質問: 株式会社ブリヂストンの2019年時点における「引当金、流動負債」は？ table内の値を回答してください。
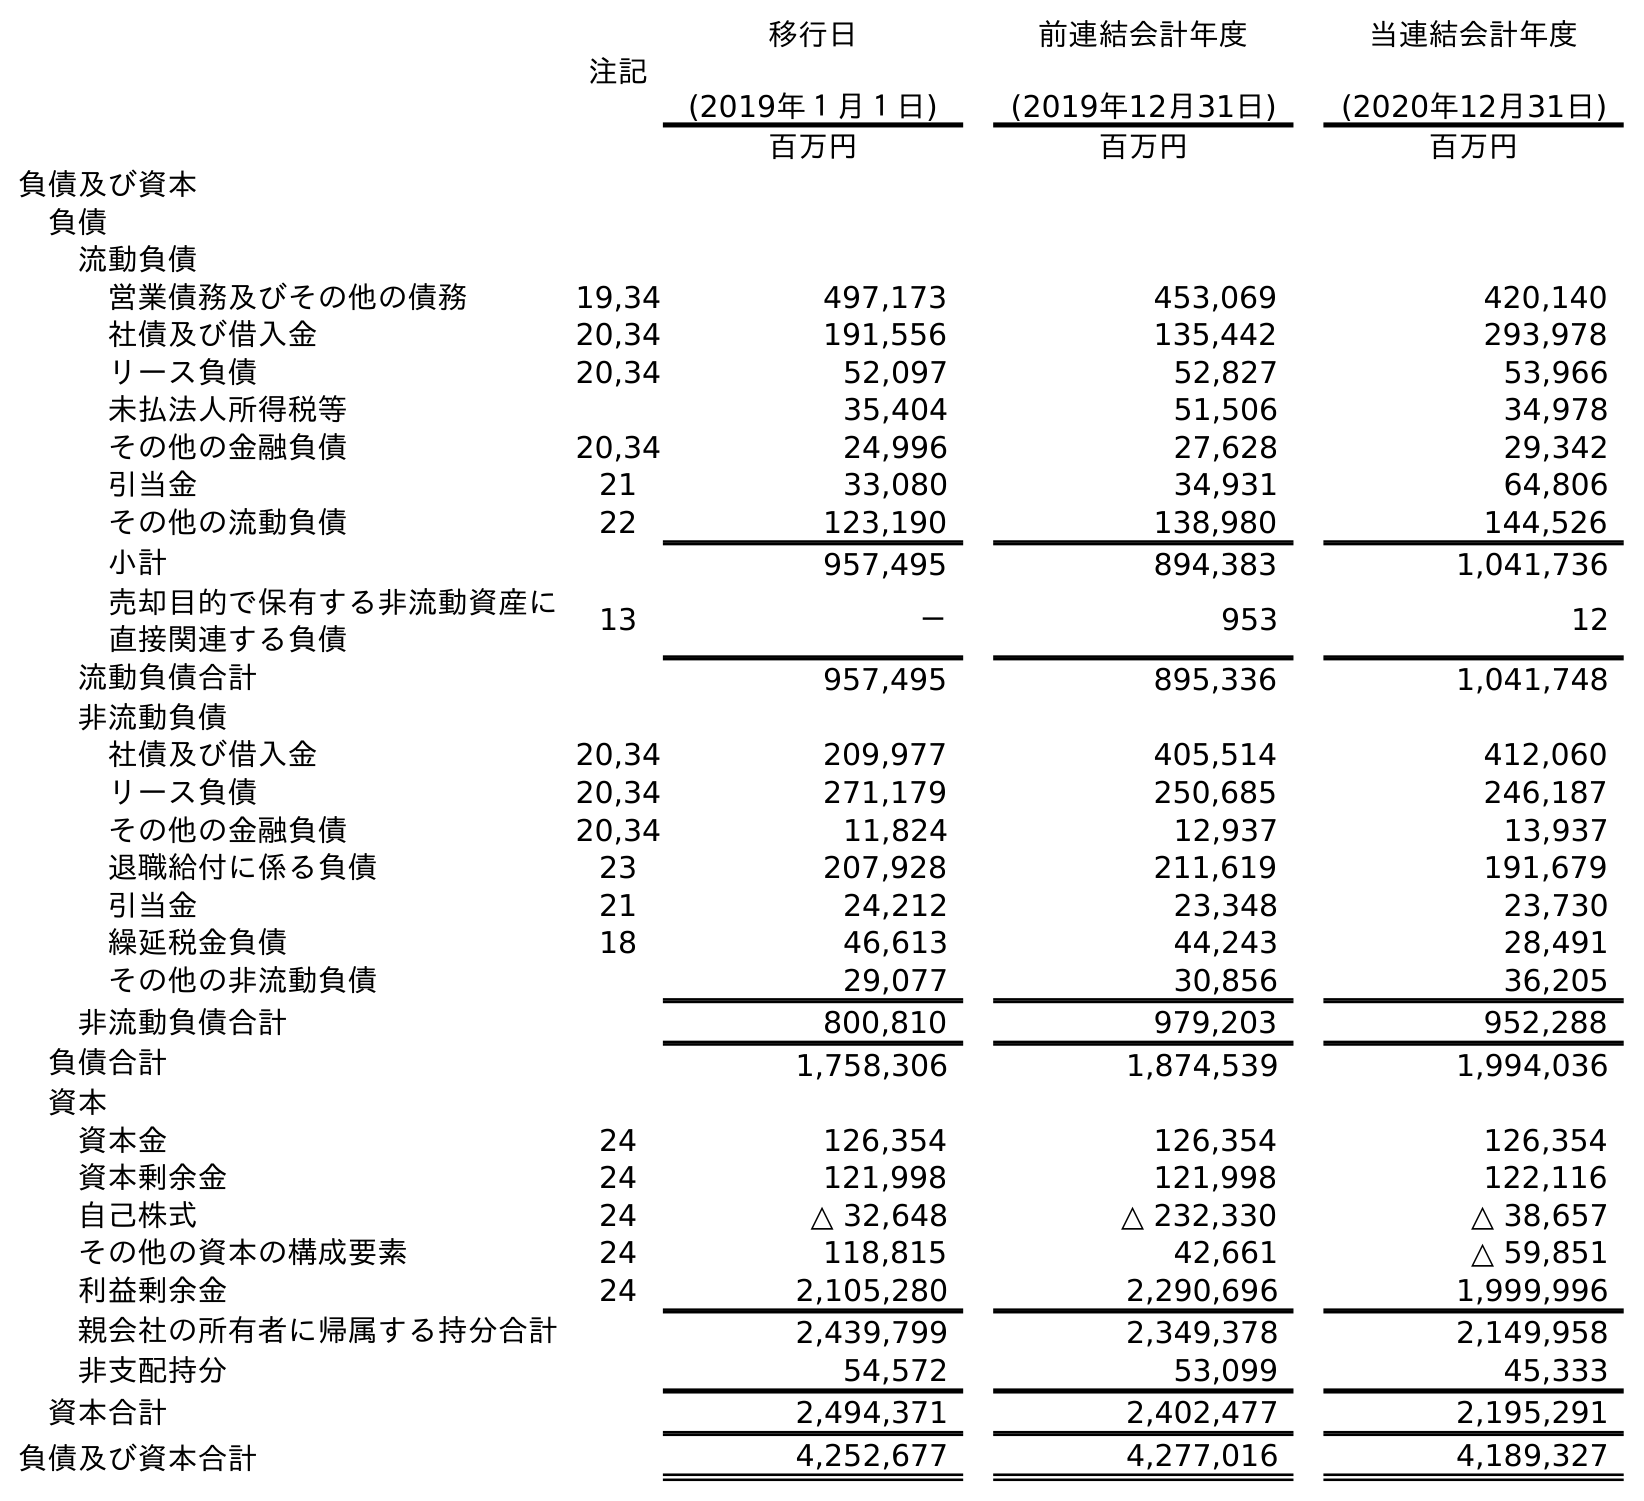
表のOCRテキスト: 注記 移行日 (2019年１月１日) 前連結会計年度 (2019年12月31日) 当連結会計年度 (2020年12月31日) 百万円 百万円 百万円 負債及び資本 負債 流動負債 営業債務及びその他の債務 19,34 497,173 453,069 420,140 社債及び借入金 20,34 191,556 135,442 293,978 リース負債 20,34 52,097 52,827 53,966 未払法人所得税等 35,404 51,506 34,978 その他の金融負債 20,34 24,996 27,628 29,342 引当金 21 33,080 34,931 64,806 その他の流動負債 22 123,190 138,980 144,526 小計 957,495 894,383 1,041,736 売却目的で保有する非流動資産に 直接関連する負債 13 － 953 12 流動負債合計 957,495 895,336 1,041,748 非流動負債 社債及び借入金 20,34 209,977 405,514 412,060 リース負債 20,34 271,179 250,685 246,187 その他の金融負債 20,34 11,824 12,937 13,937 退職給付に係る負債 23 207,928 211,619 191,679 引当金 21 24,212 23,348 23,730 繰延税金負債 18 46,613 44,243 28,491 その他の非流動負債 29,077 30,856 36,205 非流動負債合計 800,810 979,203 952,288 負債合計 1,758,306 1,874,539 1,994,036 資本 資本金 24 126,354 126,354 126,354 資本剰余金 24 121,998 121,998 122,116 自己株式 24 △ 32,648 △ 232,330 △ 38,657 その他の資本の構成要素 24 118,815 42,661 △ 59,851 利益剰余金 24 2,105,280 2,290,696 1,999,996 親会社の所有者に帰属する持分合計 2,439,799 2,349,378 2,149,958 非支配持分 54,572 53,099 45,333 資本合計 2,494,371 2,402,477 2,195,291 負債及び資本合計 4,252,677 4,277,016 4,189,327
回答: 34,931